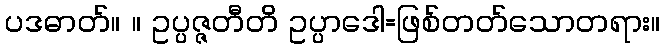
ပဒဓာတ်။ ။ ဥပ္ပဇ္ဇတီတိ ဥပ္ပာဒေါ=ဖြစ်တတ်သောတရား။